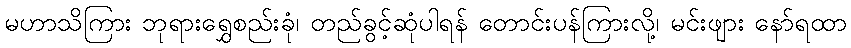
မဟာသိကြား ဘုရားရွှေစည်းခုံ၊ တည်ခွင့်ဆုံပါရန် တောင်းပန်ကြားလို့၊ မင်းဖျား နော်ရထာ